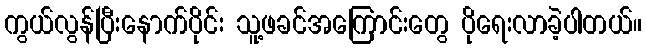
ကွယ်လွန်ပြီးနောက်ပိုင်း သူ့ဖခင်အကြောင်းတွေ ပိုရေးလာခဲ့ပါတယ်။